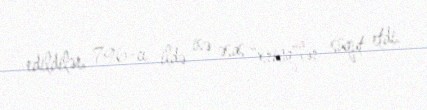
edildilər, 796-cı ildə isə əsas "xrinq"lər süqut etdi.